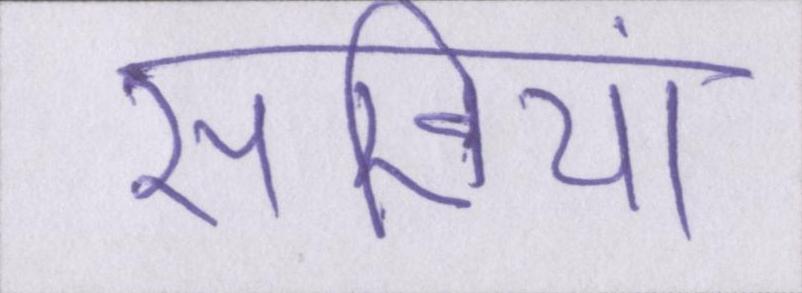
सखियां